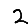
Digit: 2